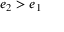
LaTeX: e _ { 2 } > e _ { 1 }